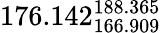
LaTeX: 176.142_{166.909}^{188.365}